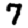
Digit: 7